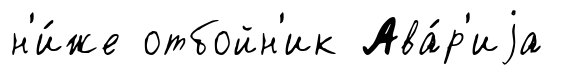
н'и́же отбойн'ик Ава́р'иjа